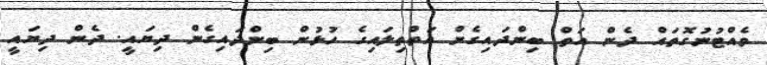
ވެއްޓުނުގޮތައް ދެން އަތް ބިންދައިގެން އަތްތިލައިގެ ހުޅުން ބިންދައިގެން ދިޔައީ. ދެން ދިޔަައީ